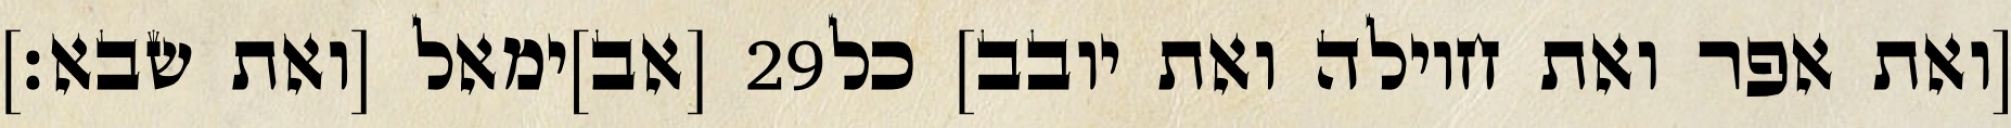
[אב]ימאל [ואת שבא׃] ‎29‏ [ואת אפר ואת חוילה ואת יובב] כל